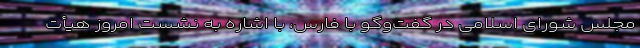
مجلس شورای اسلامی در گفت‌وگو با فارس، با اشاره به نشست امروز هیأت